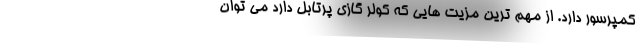
کمپرسور دارد. از مهم ترین مزیت هایی که کولر گازی پرتابل دارد می توان